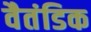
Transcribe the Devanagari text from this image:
वैतंडिक